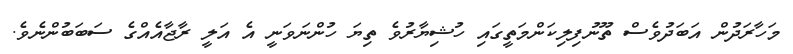
މަހާރަދުން އަބަދުވެސް ތޫނުފިލިކަންމަތީގައި ހުޝިޔާރުވެ ތިޔަ ހުންނަވަނީ އެ އަލީ ރާޖާއެއްގެ ސަބަބުންނެވެ.